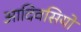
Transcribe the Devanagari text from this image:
आदिवसियो